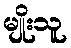
မျိုးသူ